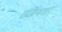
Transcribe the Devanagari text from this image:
संक्रियताएं